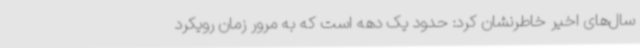
سال‌های اخیر خاطرنشان کرد: حدود یک دهه است که به مرور زمان رویکرد